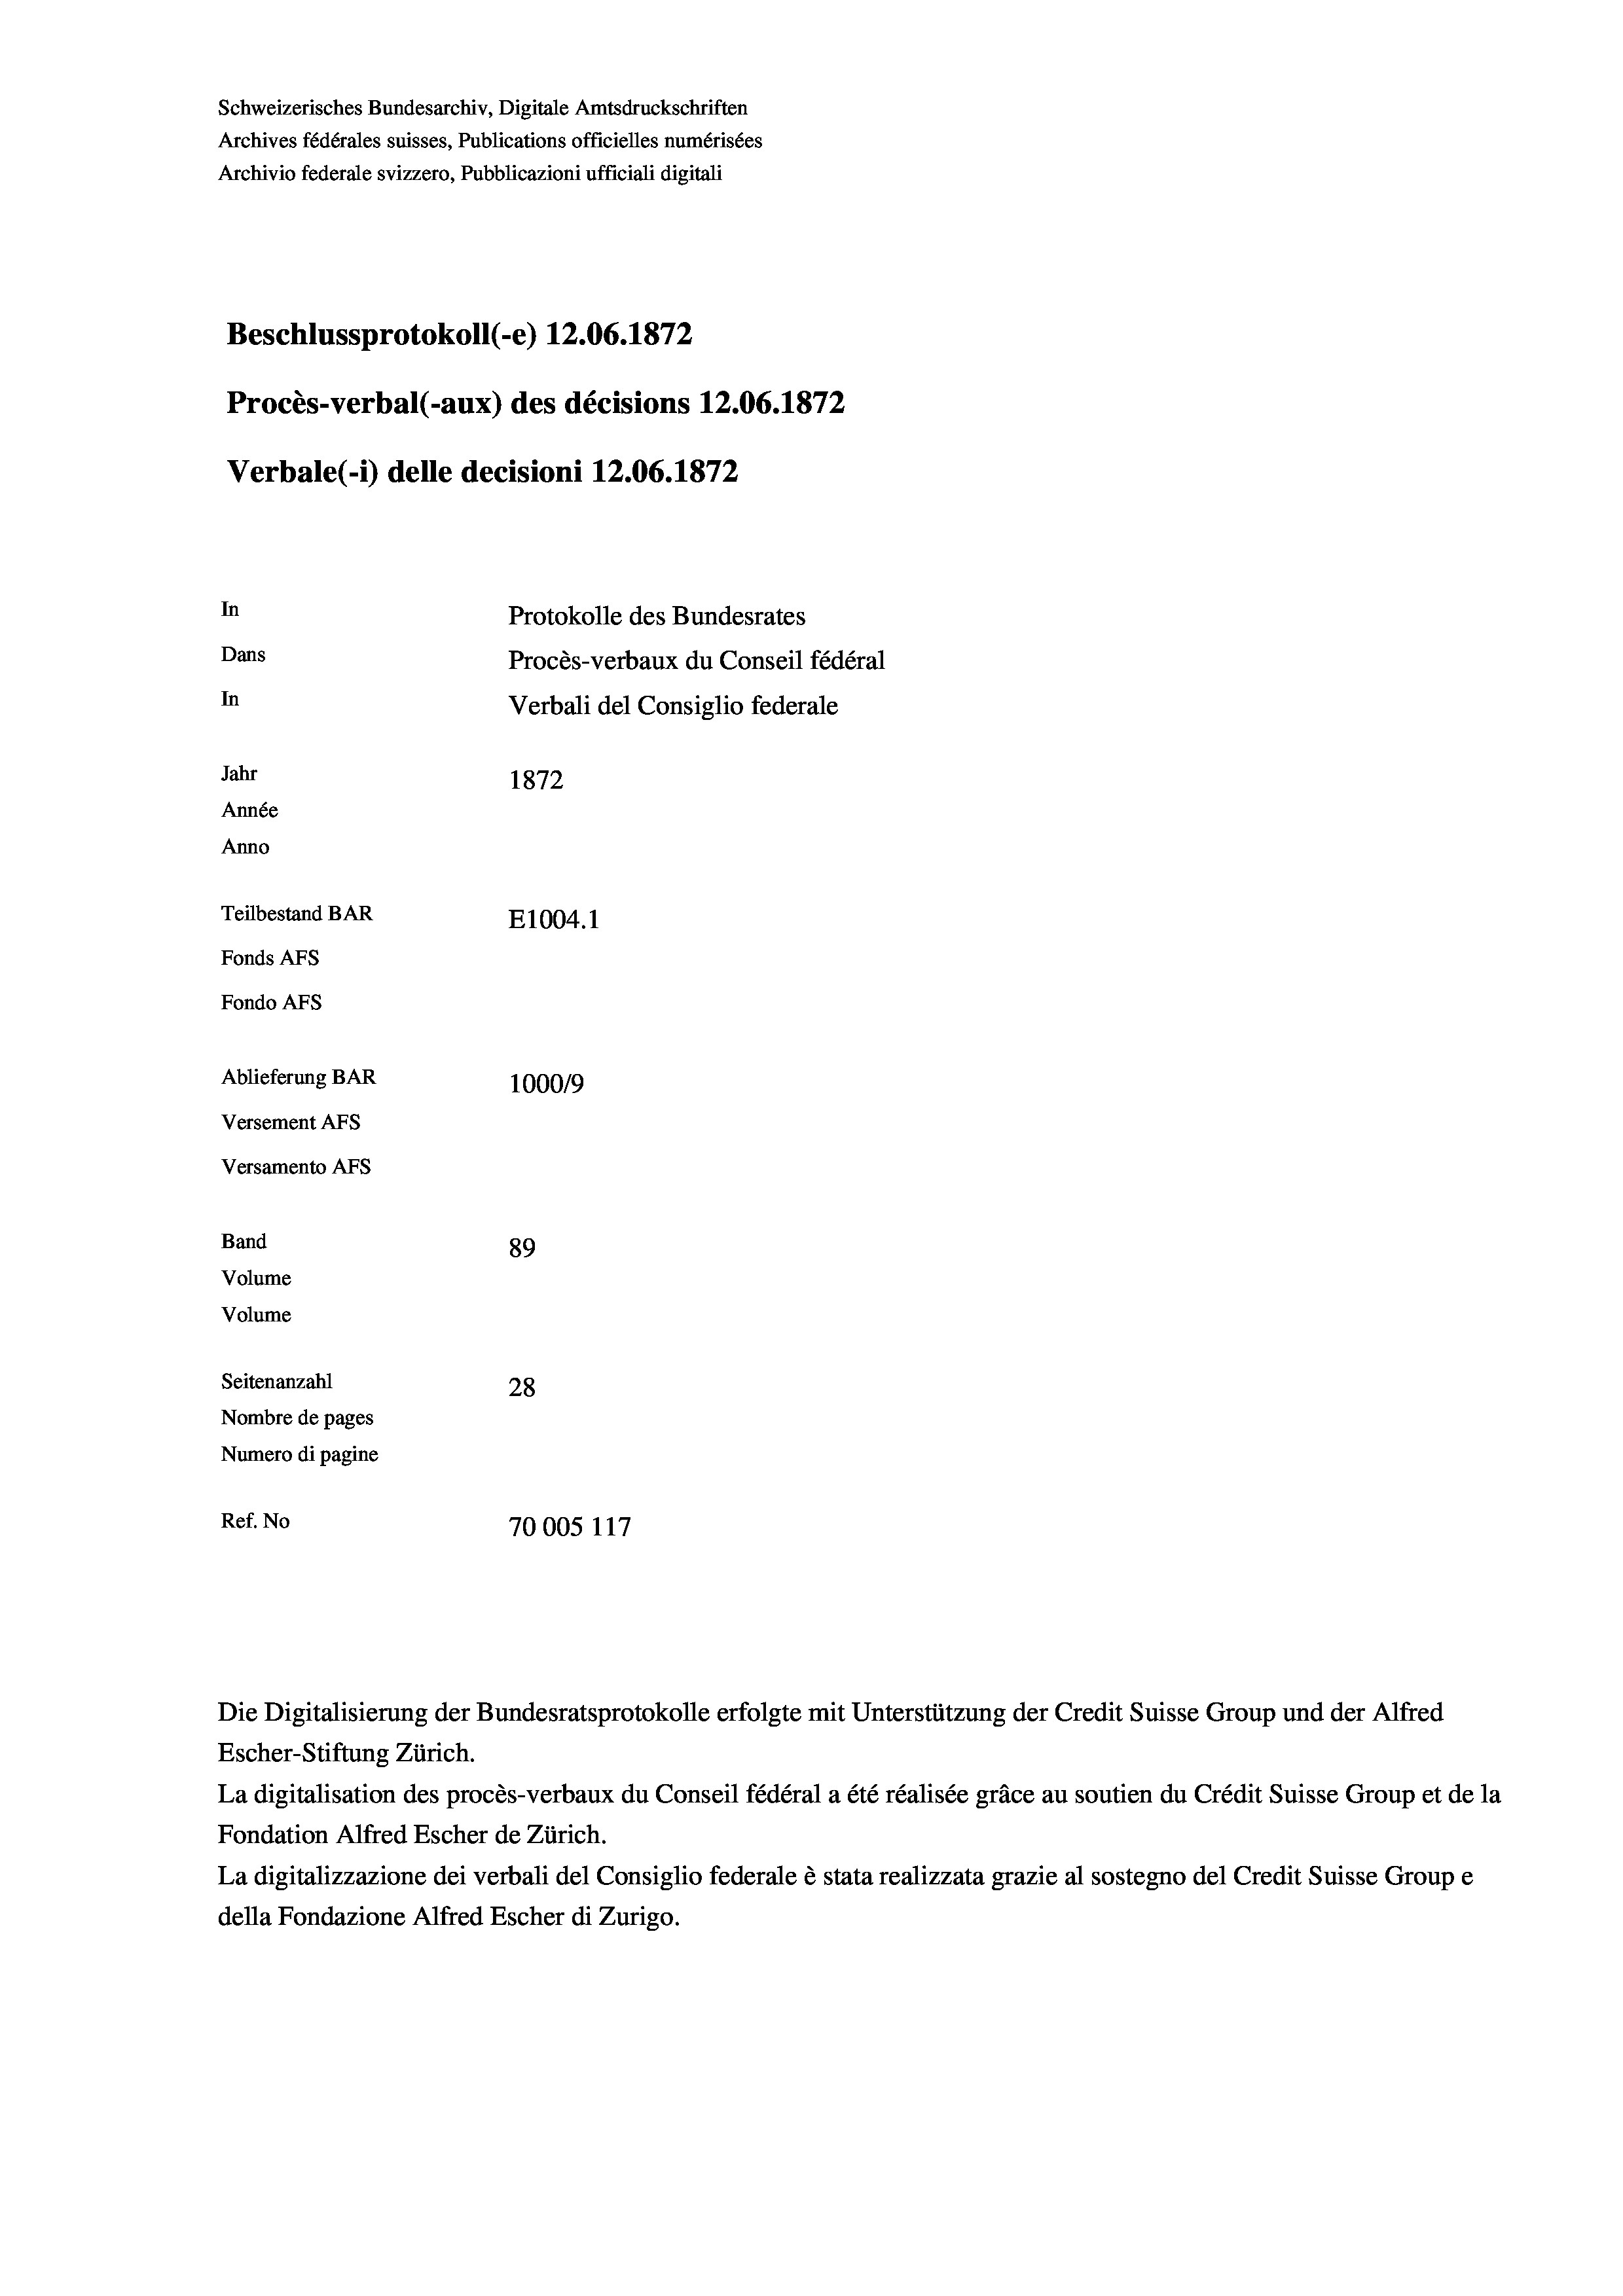
Schweizerisches Bundesarchiv, Digitale Amtsdruckschriften
Archives fédérales suisses, Publications officielles numérisées
Archivio federale svizzero, Pubblicazioni ufficiali digitali
Beschlussprotokoll (-e) 12.06. 1872
Procès-verbal (-aux) des décisions 12.06. 1872
Verbale (- 1) delle decisioni 12.06. 1872
In
Protokolle des Bundesrates
Dans
Procès-verbaux du Conseil fédéral
In
Verbali del Consiglio federale
Jahr
1872
Année
Anno
Teilbestand BAR
E1004.1
Fonds Afs
Fondo AFs
Ablieferung BAR
1000/9
Versement Abs

Versamento Afs
Band
Volume
Volume

89
Seitenanzahl
28
Nombre de pages
Numero di pagine
Ref. No
70005 117

Escher-Stiftung Zürich.
La digitalisation des procès-verbaux du Conseil fédéral a été réalisée gräce au soutien du Crédit Suisse Group et de la
Fondation Alfred Escher de Zürich.
La digitalizzazione dei verbali del Consiglio federale è stata realizzata grazie al sostegno del Credit Suisse Groupe
della Fondazione Alfred Escher di Zurigo.

Die Digitalisierung der Bundesratsprotokolle erfolgte mit Unterstützung der Credit Suisse Group und der Alfred